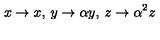
x \rightarrow x , \: y \rightarrow \alpha y , \: z \rightarrow \alpha ^ { 2 } z